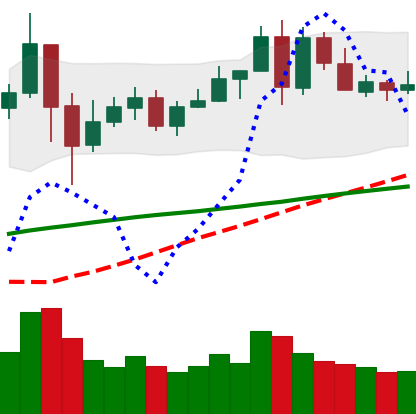
Ticker: LINK-USD
Chart end date: 2020-05-27
Forward return: 13.556%
Label: up_7plus